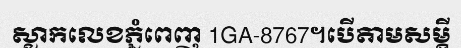
ស្លាកលេខភ្នំពេញ 1GA-8767។បើតាមសម្តី